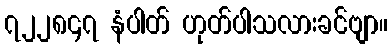
၇၂၂၈၄၇ နံပါတ် ဟုတ်ပါသလားခင်ဗျာ။